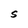
Character: S